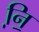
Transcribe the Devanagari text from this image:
नि़॒